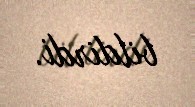
bildirdi.